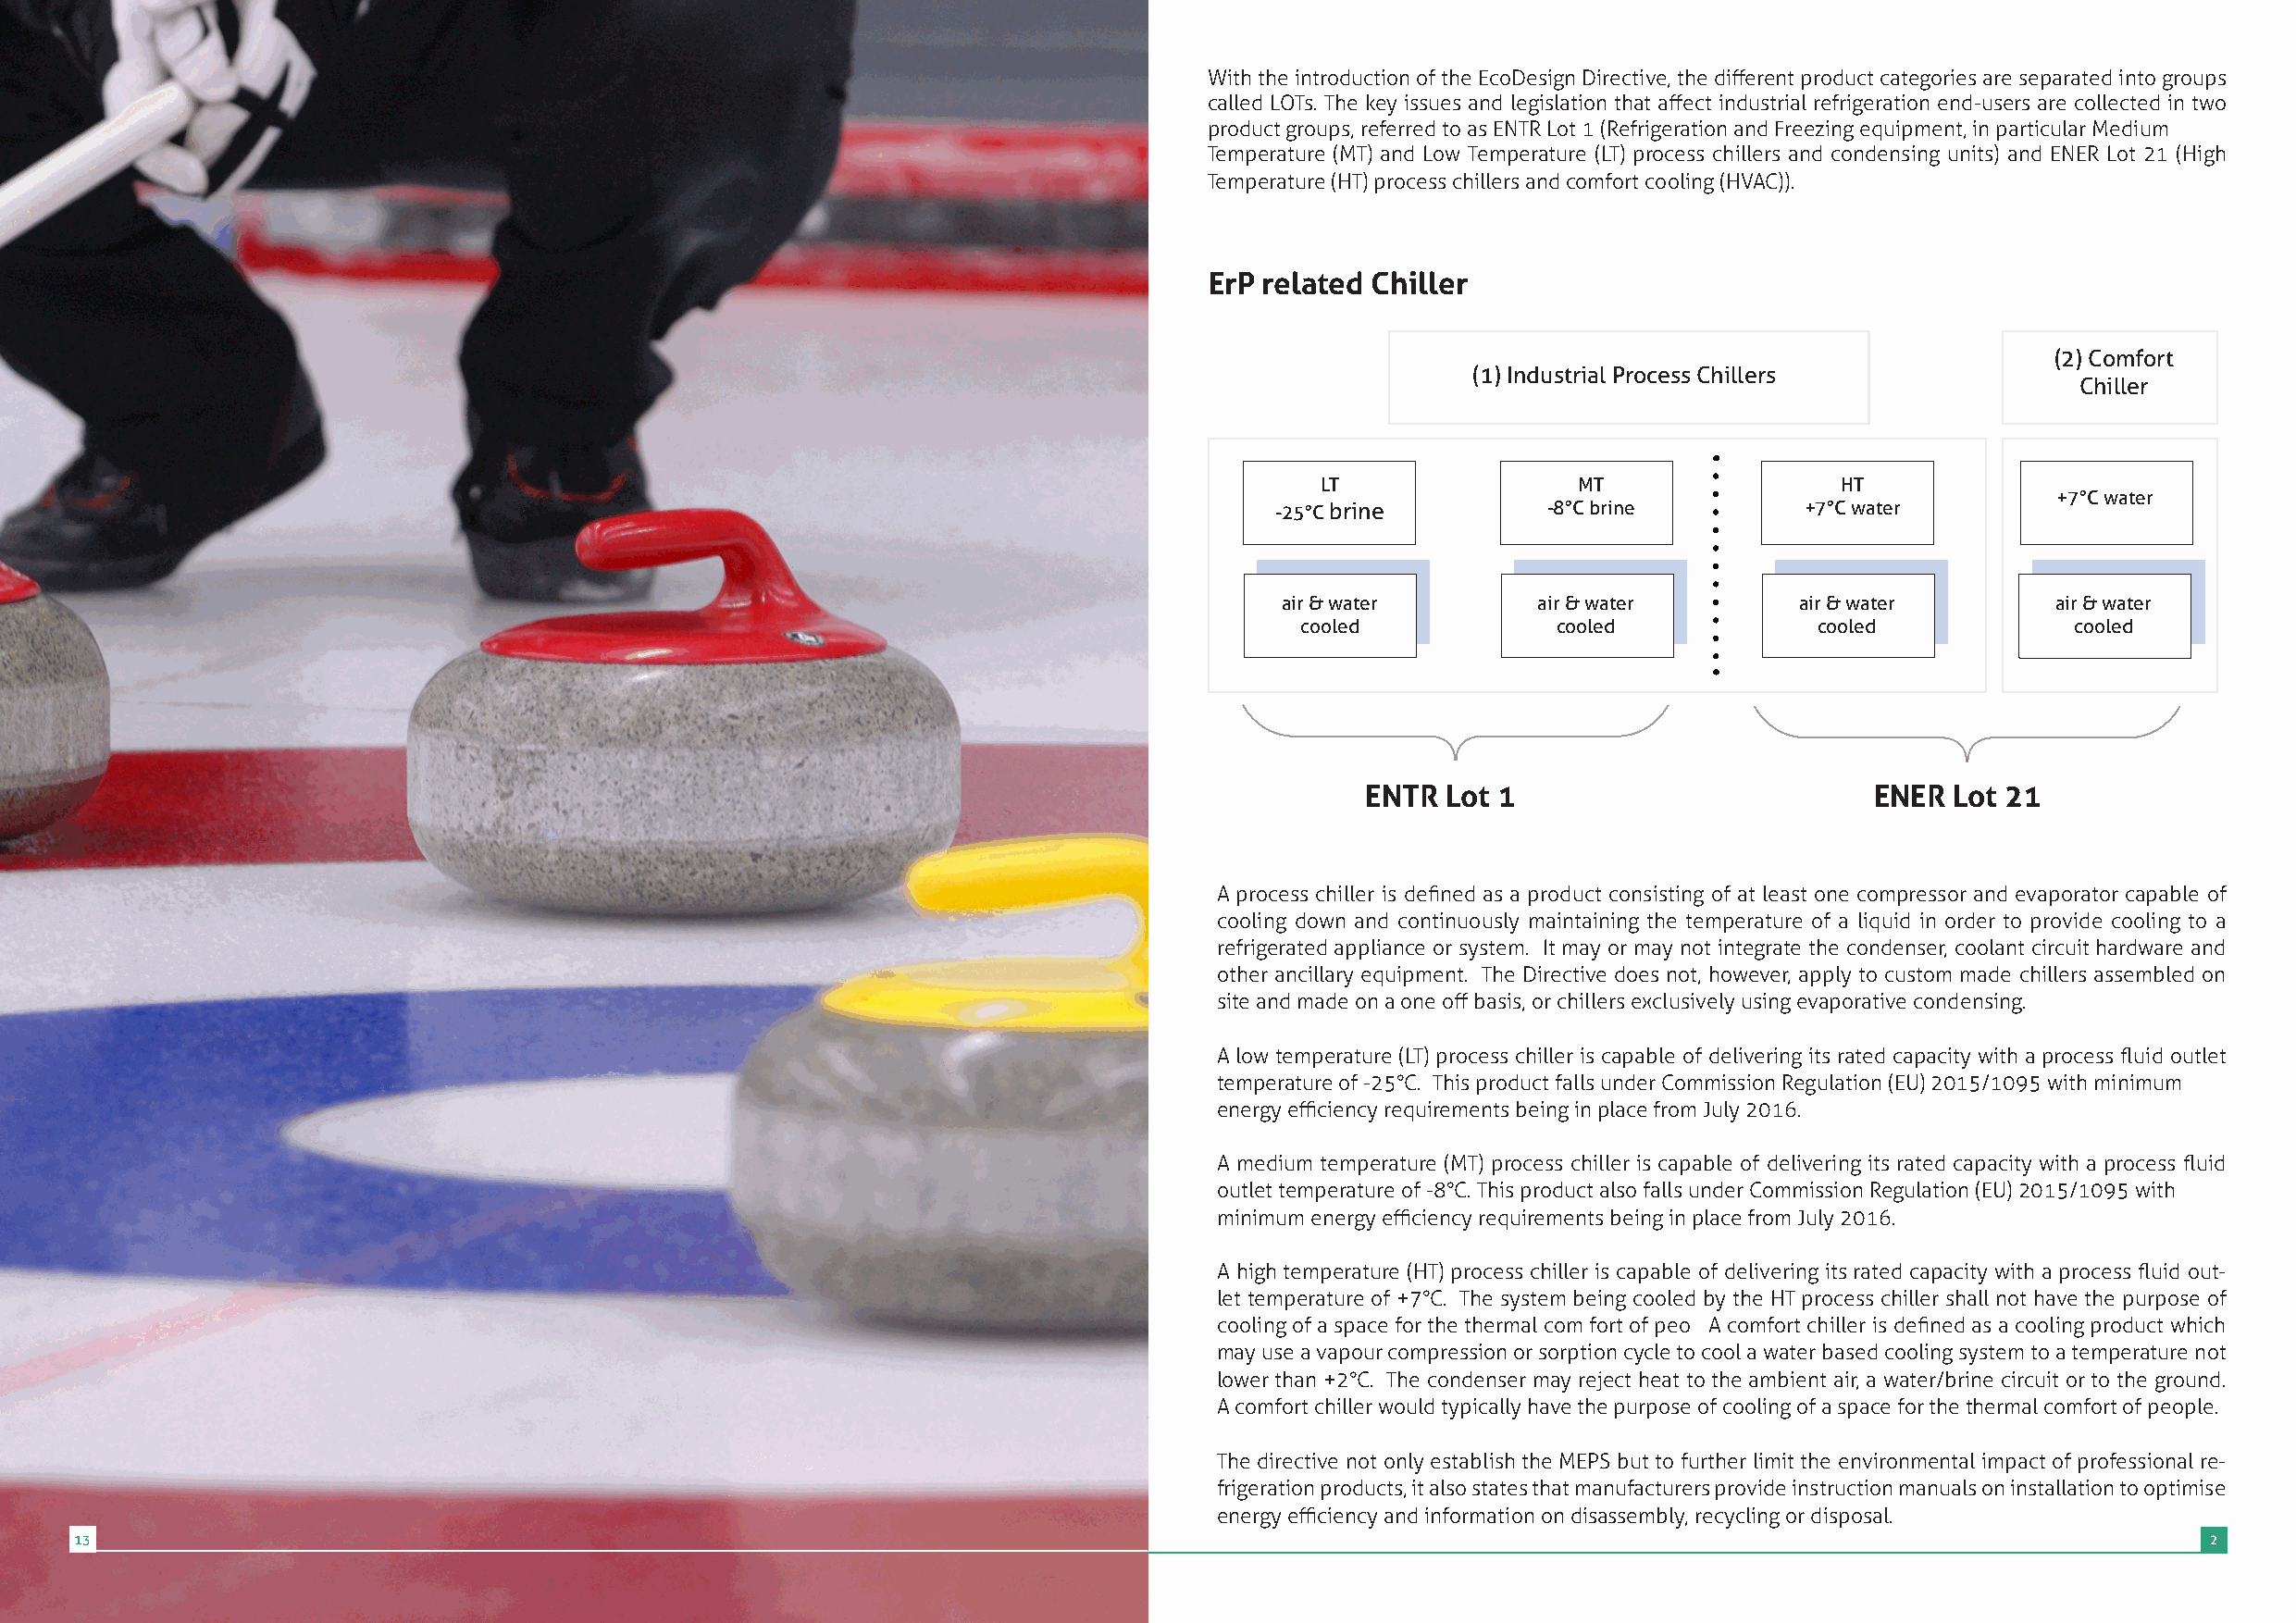
14
 With the introduction of the EcoDesign Directive, the different product categories are separated into groups
 called LOTs. The key issues and legislation that affect industrial refrigeration end-users are collected in two
 product groups, referred to as ENTR Lot 1 (Refrigeration and Freezing equipment, in particular Medium
 Temperature (MT) and Low Temperature (LT) process chillers and condensing units) and ENER Lot 21 (High
 Temperature (HT) process chillers and comfort cooling (HVAC)).
 ErP related Chiller
 (2) Comfort
 (1) Industrial Process Chillers
 Chiller
 LT                 MT                 HT
 +7°C water
 -25°C brine         -8°C brine        +7°C water
 air & water       air & water        air & water       air & water
 cooled            cooled             cooled            cooled
 ENTR Lot 1                          ENER  Lot 21
 A process chiller is defined as a product consisting of at least one compressor and evaporator capable of
 cooling down and continuously maintaining the temperature of a liquid in order to provide cooling to a
 refrigerated appliance or system. It may or may not integrate the condenser, coolant circuit hardware and
 other ancillary equipment. The Directive does not, however, apply to custom made chillers assembled on
 site and made on a one off basis, or chillers exclusively using evaporative condensing.
 A low temperature (LT) process chiller is capable of delivering its rated capacity with a process fluid outlet
 temperature of -25°C. This product falls under Commission Regulation (EU) 2015/1095 with minimum
 energy efficiency requirements being in place from July 2016.
 A medium temperature (MT) process chiller is capable of delivering its rated capacity with a process fluid
 outlet temperature of -8°C. This product also falls under Commission Regulation (EU) 2015/1095 with
 minimum energy efficiency requirements being in place from July 2016.
 A high temperature (HT) process chiller is capable of delivering its rated capacity with a process fluid out-
 let temperature of +7°C. The system being cooled by the HT process chiller shall not have the purpose of
 cooling of a space for the thermal com fort of peo A comfort chiller is defined as a cooling product which
 may use a vapour compression or sorption cycle to cool a water based cooling system to a temperature not
 lower than +2°C. The condenser may reject heat to the ambient air, a water/brine circuit or to the ground.
 A comfort chiller would typically have the purpose of cooling of a space for the thermal comfort of people.
 The directive not only establish the MEPS but to further limit the environmental impact of professional re-
 frigeration products, it also states that manufacturers provide instruction manuals on installation to optimise
 energy efficiency and information on disassembly, recycling or disposal.
 13                                                                                                                                                       2